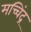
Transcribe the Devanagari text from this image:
मच्चिंद्र